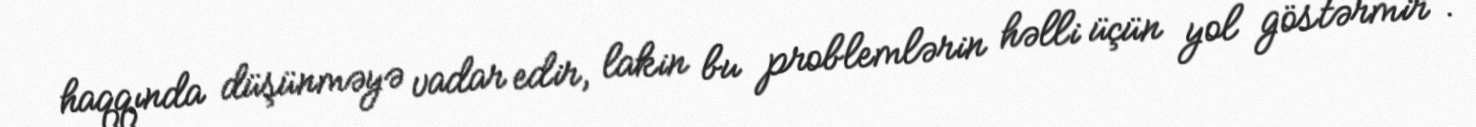
haqqında düşünməyə vadar edir, lakin bu problemlərin həlli üçün yol göstərmir".